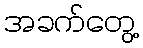
အခက်တွေ့